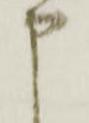
申